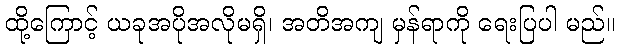
ထို့ကြောင့် ယခုအပိုအလိုမရှိ၊ အတိအကျ မှန်ရာကို ရေးပြပါ မည်။